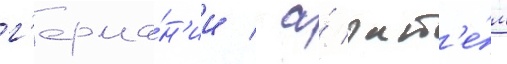
г'ерма́н'ии / а́ зат'е́м